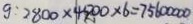
9 : 2 8 0 0 \times 4 5 0 0 \times 6 = 7 5 6 0 0 0 0 0